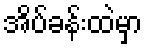
အိပ်ခန်းထဲမှာ